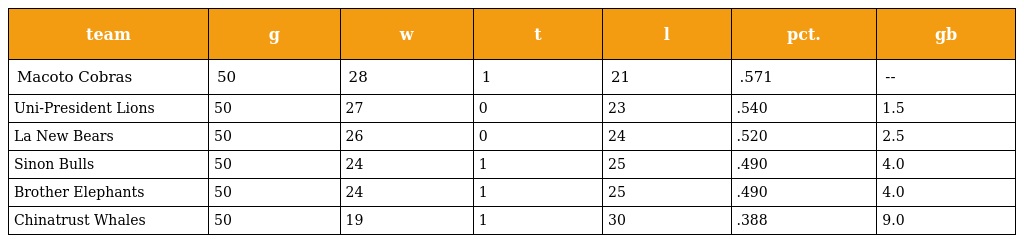
| team | g | w | t | l | pct. | gb |
 | --- | --- | --- | --- | --- | --- | --- |
 | Macoto Cobras | 50 | 28 | 1 | 21 | .571 | -- |
 | Uni-President Lions | 50 | 27 | 0 | 23 | .540 | 1.5 |
 | La New Bears | 50 | 26 | 0 | 24 | .520 | 2.5 |
 | Sinon Bulls | 50 | 24 | 1 | 25 | .490 | 4.0 |
 | Brother Elephants | 50 | 24 | 1 | 25 | .490 | 4.0 |
 | Chinatrust Whales | 50 | 19 | 1 | 30 | .388 | 9.0 |